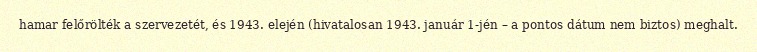
hamar felőrölték a szervezetét, és 1943. elején (hivatalosan 1943. január 1-jén – a pontos dátum nem biztos) meghalt.